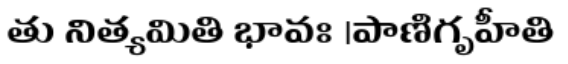
తు నిత్యమితి భావః ।పాణిగృహీతి